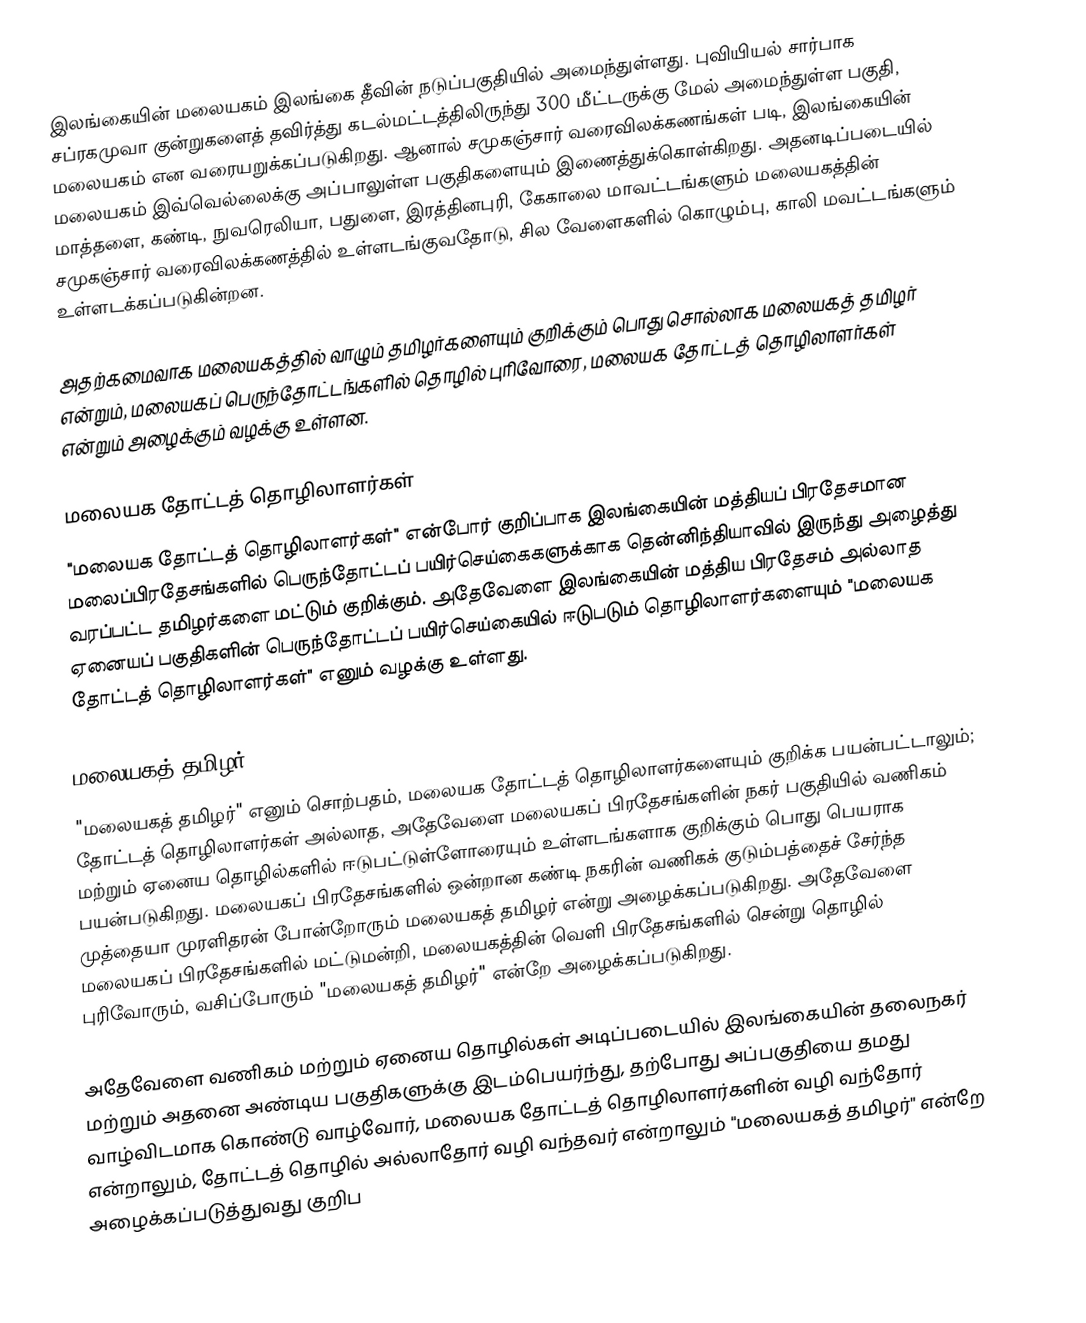
இலங்கையின் மலையகம் இலங்கை தீவின் நடுப்பகுதியில் அமைந்துள்ளது. புவியியல் சார்பாக சப்ரகமுவா குன்றுகளைத் தவிர்த்து கடல்மட்டத்திலிருந்து 300 மீட்டருக்கு மேல் அமைந்துள்ள பகுதி, மலையகம் என வரையறுக்கப்படுகிறது. ஆனால் சமுகஞ்சார் வரைவிலக்கணங்கள் படி, இலங்கையின் மலையகம் இவ்வெல்லைக்கு அப்பாலுள்ள பகுதிகளையும் இணைத்துக்கொள்கிறது. அதனடிப்படையில் மாத்தளை, கண்டி, நுவரெலியா, பதுளை, இரத்தினபுரி, கேகாலை மாவட்டங்களும் மலையகத்தின் சமுகஞ்சார் வரைவிலக்கணத்தில் உள்ளடங்குவதோடு, சில வேளைகளில் கொழும்பு, காலி மவட்டங்களும்  உள்ளடக்கப்படுகின்றன.

அதற்கமைவாக மலையகத்தில் வாழும் தமிழர்களையும் குறிக்கும் பொது சொல்லாக மலையகத் தமிழர் என்றும், மலையகப் பெருந்தோட்டங்களில் தொழில் புரிவோரை, மலையக தோட்டத் தொழிலாளர்கள் என்றும் அழைக்கும் வழக்கு உள்ளன.

மலையக தோட்டத் தொழிலாளர்கள்
"மலையக தோட்டத் தொழிலாளர்கள்" என்போர் குறிப்பாக இலங்கையின் மத்தியப் பிரதேசமான மலைப்பிரதேசங்களில் பெருந்தோட்டப் பயிர்செய்கைகளுக்காக தென்னிந்தியாவில் இருந்து அழைத்து வரப்பட்ட தமிழர்களை மட்டும் குறிக்கும். அதேவேளை இலங்கையின் மத்திய பிரதேசம் அல்லாத ஏனையப் பகுதிகளின் பெருந்தோட்டப் பயிர்செய்கையில் ஈடுபடும் தொழிலாளர்களையும் "மலையக தோட்டத் தொழிலாளர்கள்" எனும் வழக்கு உள்ளது.

மலையகத் தமிழர்
"மலையகத் தமிழர்" எனும் சொற்பதம், மலையக தோட்டத் தொழிலாளர்களையும் குறிக்க பயன்பட்டாலும்; தோட்டத் தொழிலாளர்கள் அல்லாத, அதேவேளை மலையகப் பிரதேசங்களின் நகர் பகுதியில் வணிகம் மற்றும் ஏனைய தொழில்களில் ஈடுபட்டுள்ளோரையும் உள்ளடங்களாக குறிக்கும் பொது பெயராக பயன்படுகிறது. மலையகப் பிரதேசங்களில் ஒன்றான கண்டி நகரின் வணிகக் குடும்பத்தைச் சேர்ந்த முத்தையா முரளிதரன் போன்றோரும் மலையகத் தமிழர் என்று அழைக்கப்படுகிறது. அதேவேளை மலையகப் பிரதேசங்களில் மட்டுமன்றி, மலையகத்தின் வெளி பிரதேசங்களில் சென்று தொழில் புரிவோரும், வசிப்போரும் "மலையகத் தமிழர்" என்றே அழைக்கப்படுகிறது.

அதேவேளை வணிகம் மற்றும் ஏனைய தொழில்கள் அடிப்படையில் இலங்கையின் தலைநகர் மற்றும் அதனை அண்டிய பகுதிகளுக்கு இடம்பெயர்ந்து, தற்போது அப்பகுதியை தமது வாழ்விடமாக கொண்டு வாழ்வோர், மலையக தோட்டத் தொழிலாளர்களின் வழி வந்தோர் என்றாலும், தோட்டத் தொழில் அல்லாதோர் வழி வந்தவர் என்றாலும் "மலையகத் தமிழர்" என்றே அழைக்கப்படுத்துவது குறிப